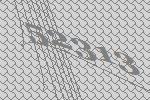
52313